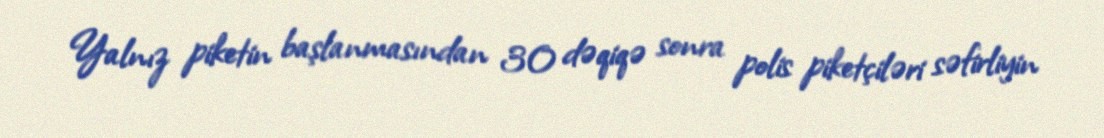
Yalnız piketin başlanmasından 30 dəqiqə sonra polis piketçiləri səfirliyin